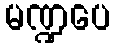
မဏ္ဍပေ